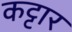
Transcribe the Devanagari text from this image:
कट्टार